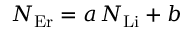
N _ { \mathrm { E r } } = a \, N _ { \mathrm { L i } } + b